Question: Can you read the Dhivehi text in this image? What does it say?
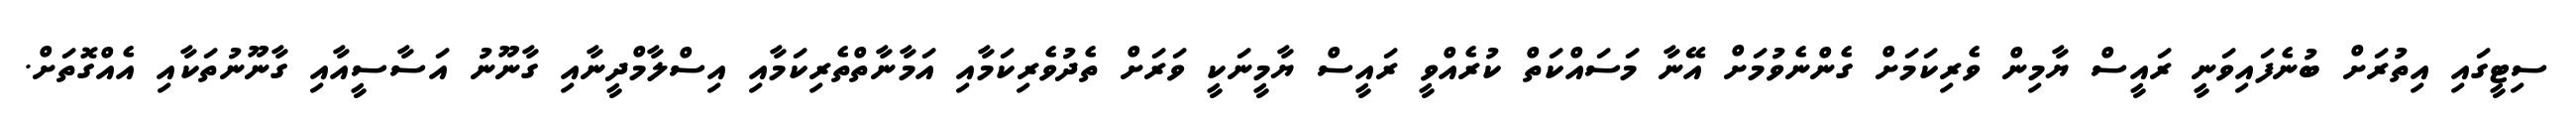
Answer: ސިޓީގައި އިތުރަށް ބުނެފައިވަނީ ރައީސް ޔާމިން ވެރިކަމަށް ގެންނެވުމަށް އޭނާ މަސައްކަތް ކުރެއްވީ ރައީސް ޔާމީނަކީ ވަރަށް ތެދުވެރިކަމާއި އަމާނާތްތެރިކަމާއި އިސްލާމްދީނާއި ގާނޫނު އަސާސީއާއި ގާނޫނުތަކާއި އެއްގޮތަށް.